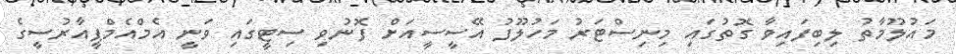
މައުލޫމާތު ލިބިފައިވާ ގޮތުގައި މިނިސްޓަރު މަހުލޫފު އޭސީސީއަށް ފޮނުވި ސިޓީގައި ވަނީ އެމްއެމްޕީއާރުސީގެ